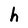
Character: h